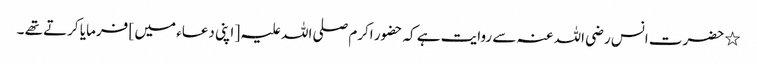
٭ حضرت انس رضی اللہ عنہ سے روایت ہے کہ حضور اکرم صلی اللہ علیہ [ اپنی دعاء میں ] فرمایا کرتے تھے ۔